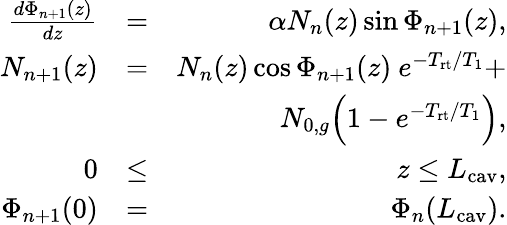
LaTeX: \begin{array}{rlr}{\frac{d\Phi_{n+1}(z)}{dz}}&{=}&{\alpha N_{n}(z)\sin\Phi_{n+1}(z),}\\ {N_{n+1}(z)}&{=}&{N_{n}(z)\cos\Phi_{n+1}(z)\ e^{-T_{\mathrm{rt}}/T_{1}}+}\\ &{}&{N_{0,g}\Big(1-e^{-T_{\mathrm{rt}}/T_{1}}\Big),}\\ {0}&{\le}&{z\le L_{\mathrm{cav}},}\\ {\Phi_{n+1}(0)}&{=}&{\Phi_{n}(L_{\mathrm{cav}}).}\end{array}